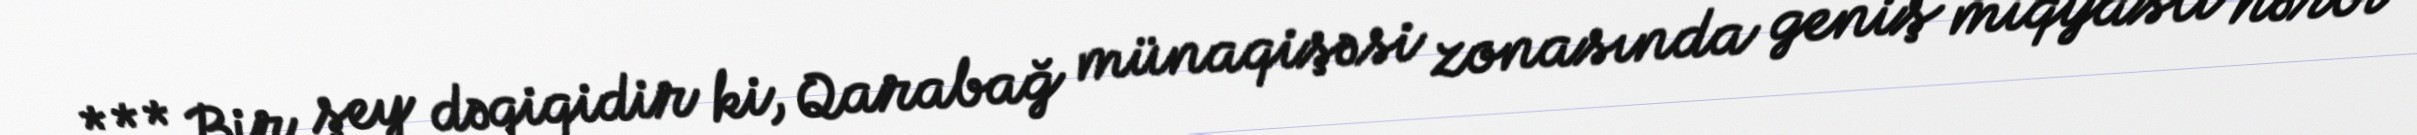
*** Bir şey dəqiqidir ki, Qarabağ münaqişəsi zonasında geniş miqyaslı hərbi